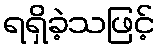
ရရှိခဲ့သဖြင့်